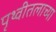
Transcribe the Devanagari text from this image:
पृथ्वीतलाच्या